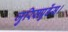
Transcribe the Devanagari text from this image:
जुरिसप्रुडेंस।